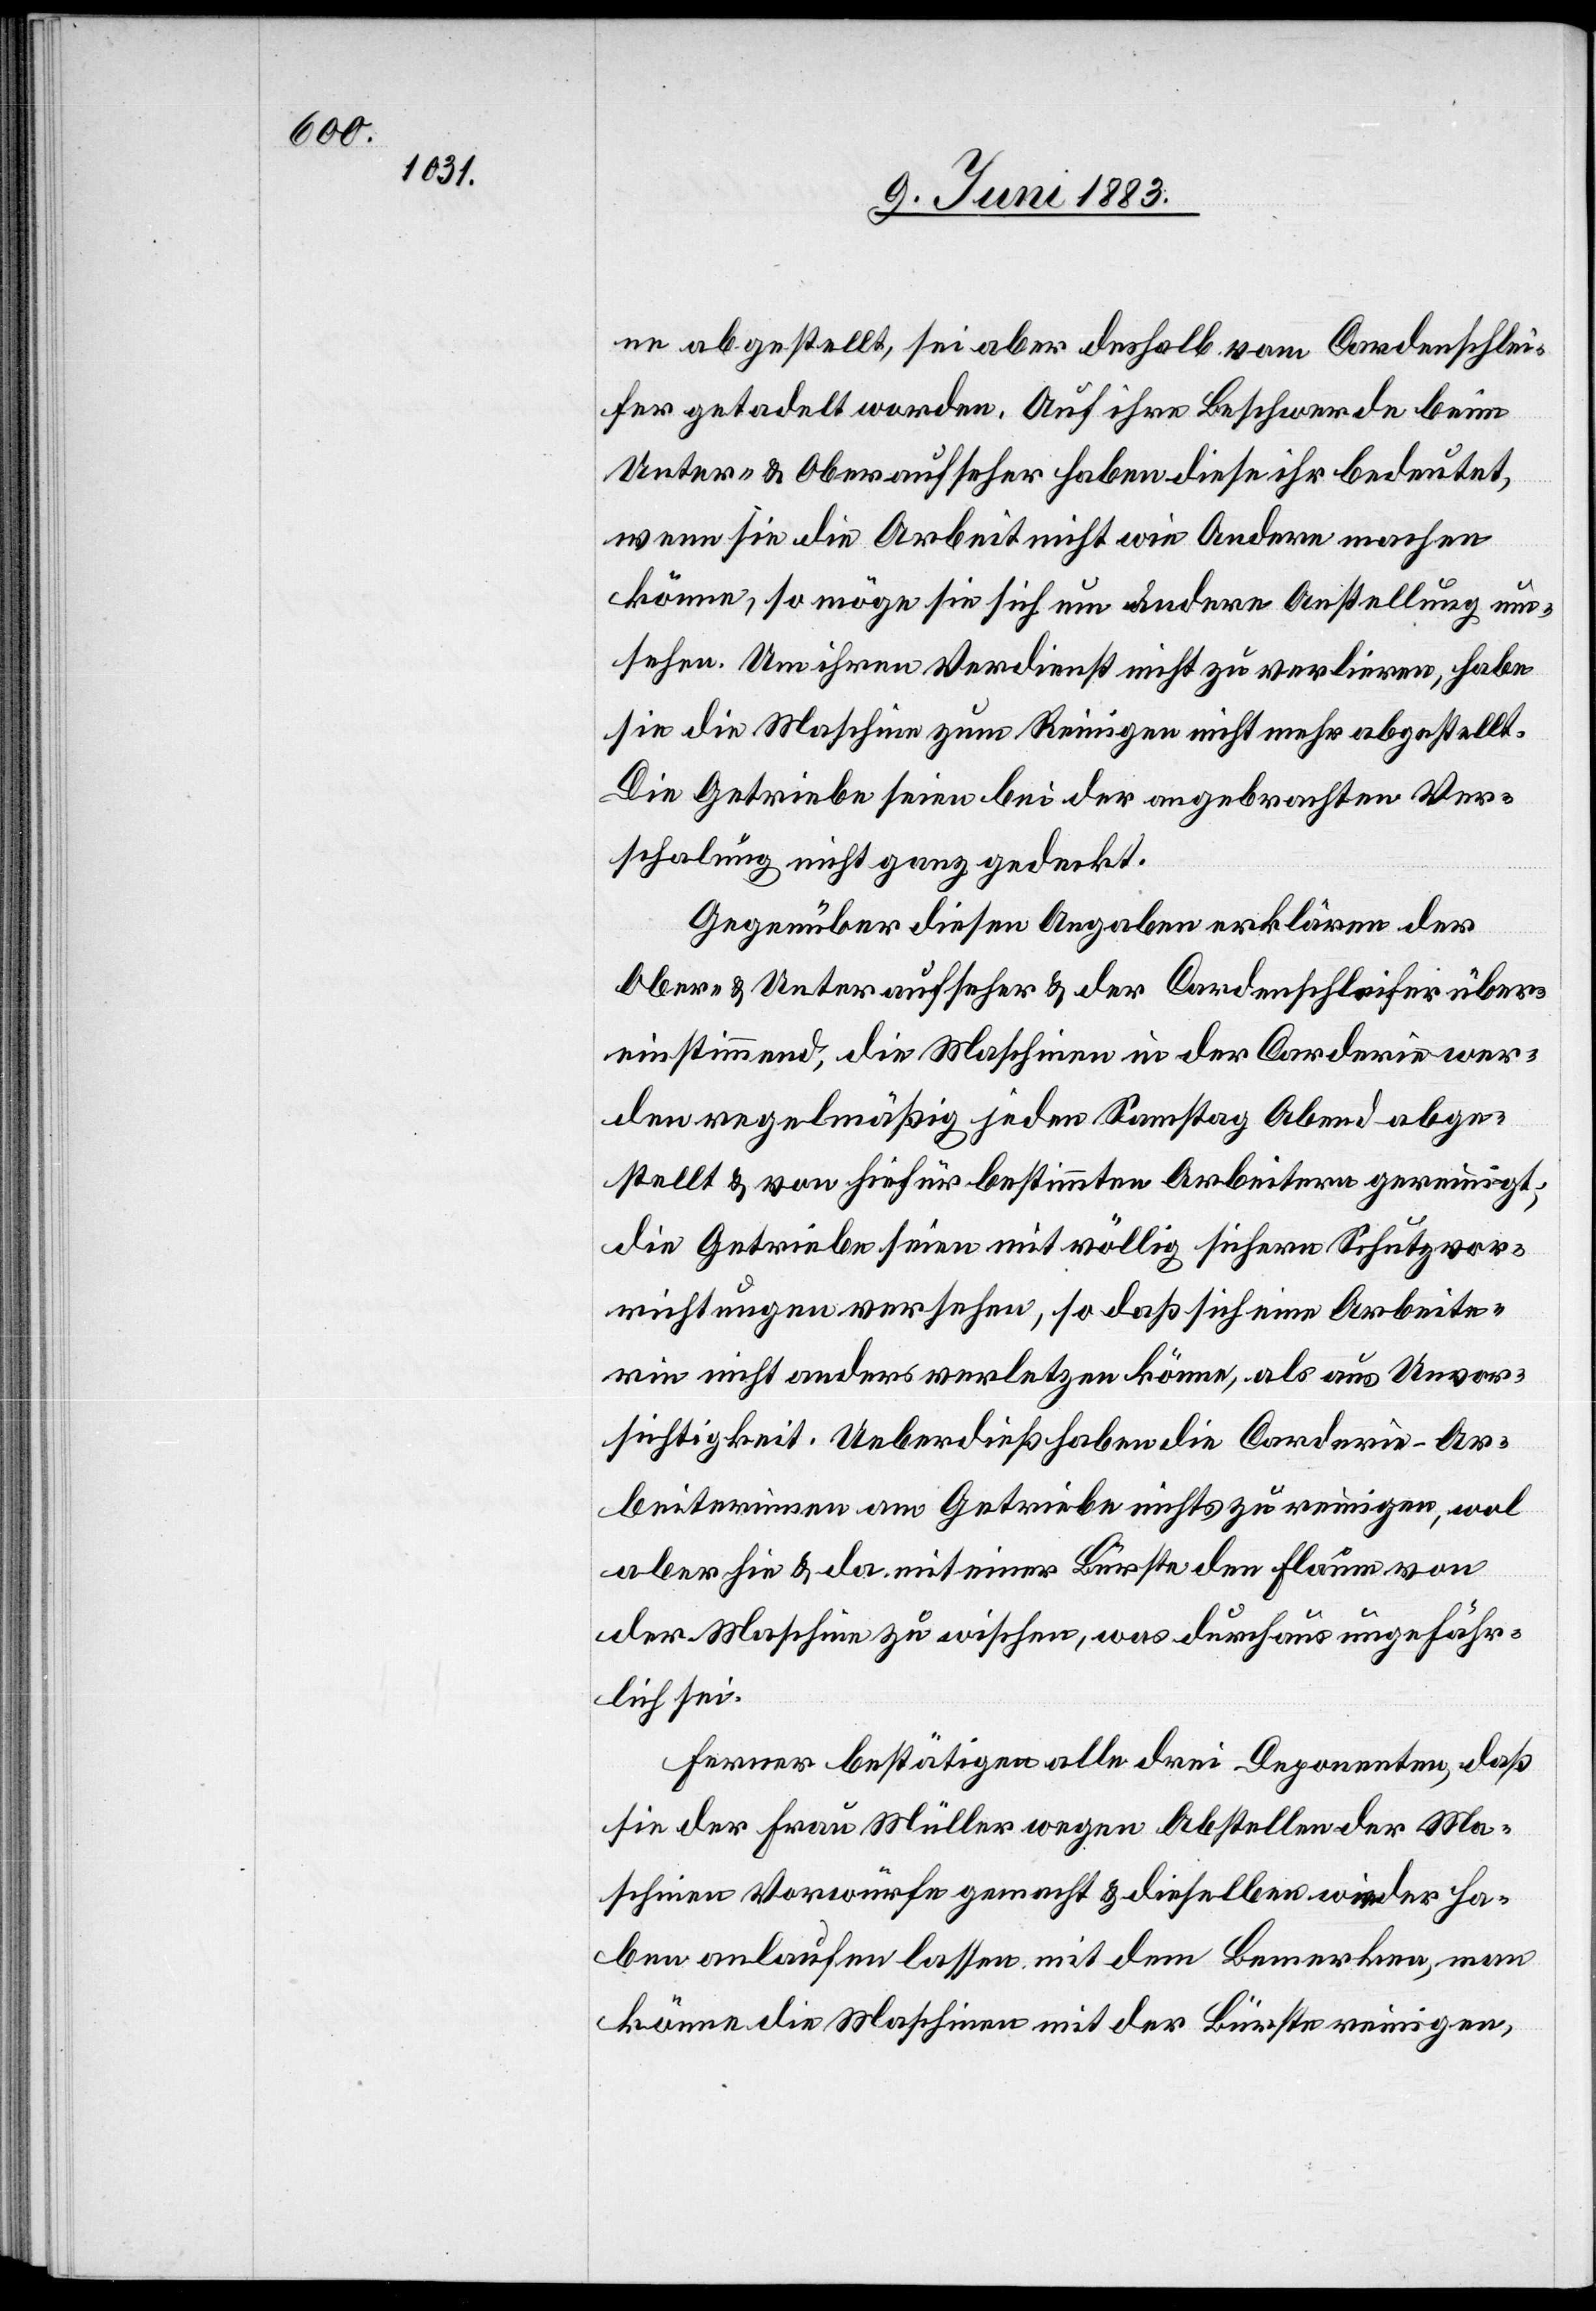
ne abgestellt, sei aber deshalb vom Cardenschlei¬
fer getadelt worden. Auf ihre Beschwerde beim
Unter- & Oberaufseher haben diese ihr bedeutet,
wenn sie die Arbeit nicht wie Andere machen
könne, so möge sie sich um andere Anstellung um¬
sehen. Um ihren Verdienst nicht zu verlieren, habe
sie die Maschine zum Reinigen nicht mehr abgestellt.
Die Getriebe seien bei der angebrachten Ver¬
schalung nicht ganz gedeckt.
Gegenüber diesen Angaben erklären der
Ober- & Unteraufseher & der Cardenschleifer über¬
einstimmend, die Maschinen in der Carderie wer¬
den regelmäßig jeden Sonntag Abend abge¬
stellt & von hiefür bestimmten Arbeitern gereinigt;
die Getriebe seien mit völlig sichern Schutzvor¬
richtungen versehen, so daß sich eine Arbeite¬
rin nicht anders verletzten könne, als aus Unvor¬
sichtigkeit. Ueberdieß haben die Carderie-Ar¬
beiterinnen am Getriebe nichts zu reinigen, wol
aber hie & da mit einer Bürste den Flaum von
der Maschine zu wischen, was durchaus ungefähr¬
lich sei.
Ferner bestätigen alle drei Deponenten, daß
sie der Frau Müller wegen Abstellen der Ma¬
schine Vorwürfe gemacht & dieselben wieder ha¬
ben anlaufen lassen mit dem Bemerken, man
könne die Maschine mit der Bürste reinigen,